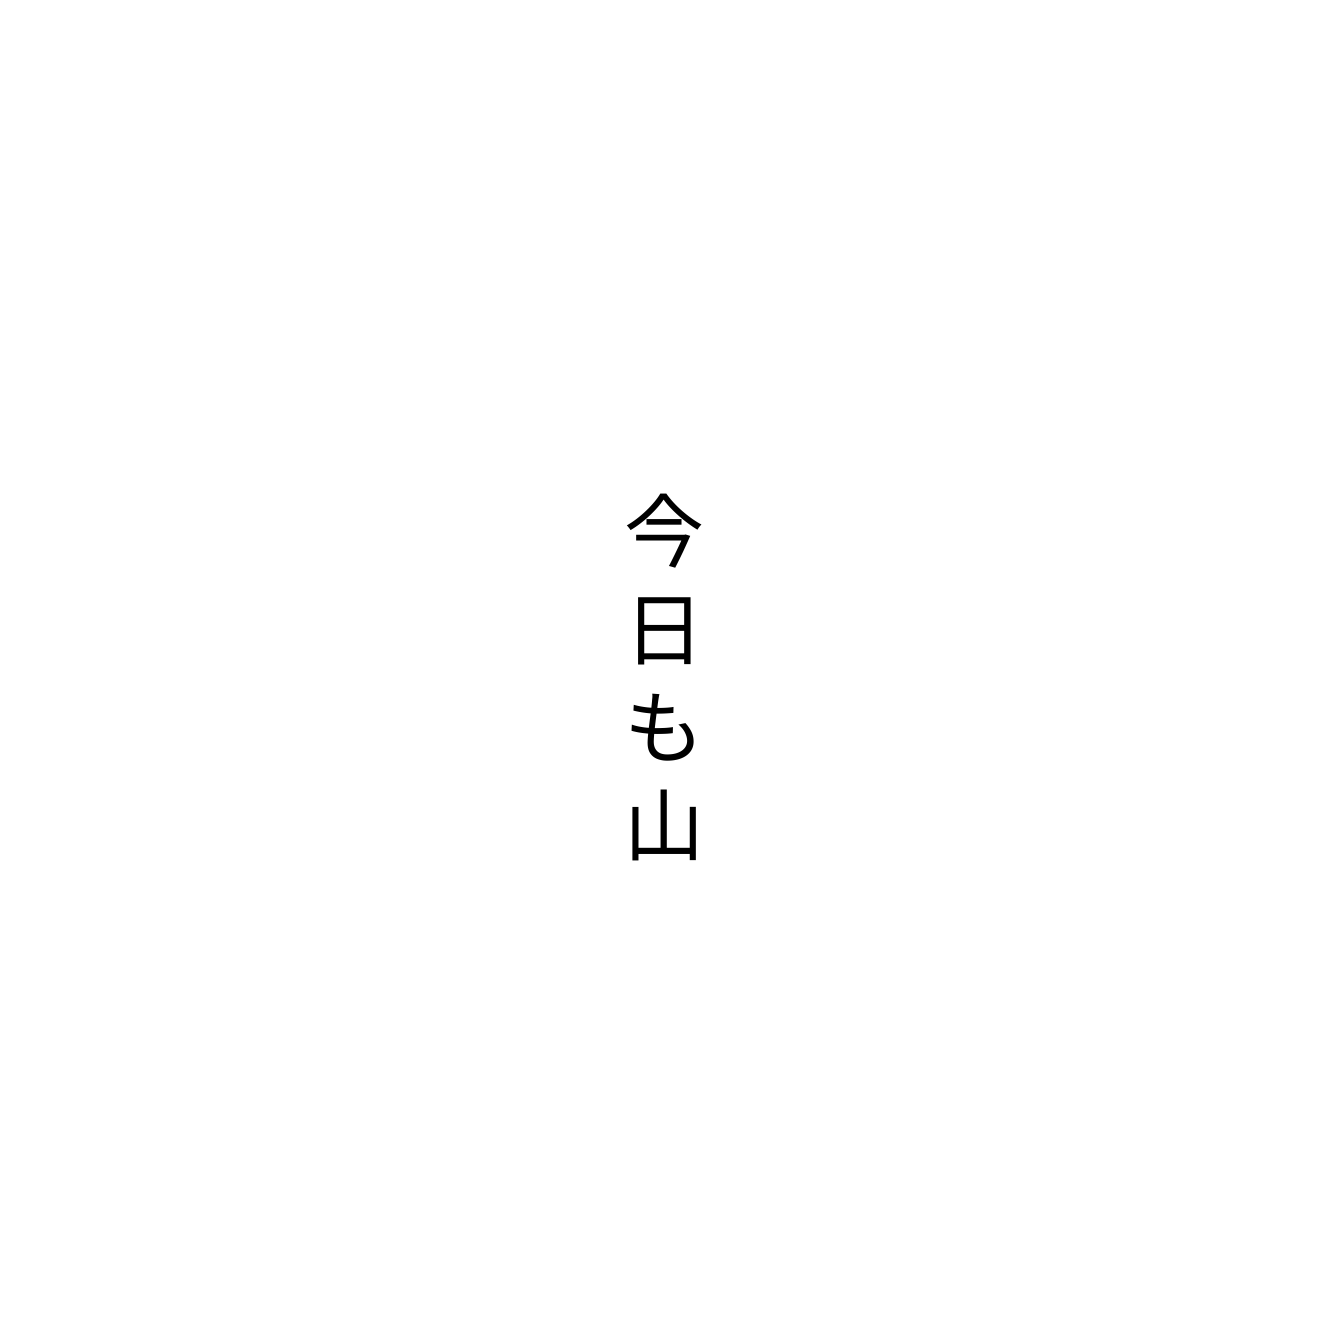
今日も山